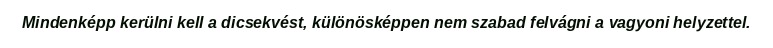
Mindenképp kerülni kell a dicsekvést, különösképpen nem szabad felvágni a vagyoni helyzettel.